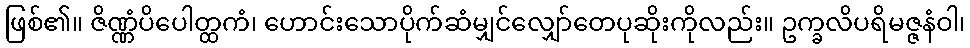
ဖြစ်၏။ ဇိဏ္ဏံပိပေါတ္ထကံ၊ ဟောင်းသောပိုက်ဆံမျှင်လျှော်တေပုဆိုးကိုလည်း။ ဥက္ခလိပရိမဇ္ဇနံဝါ၊